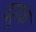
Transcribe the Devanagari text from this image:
दहुक